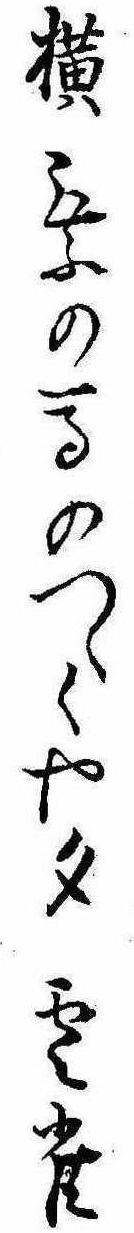
横乗の馬のつゝくや夕雲雀